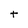
Character: t